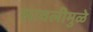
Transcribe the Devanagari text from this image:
सावलीमुळे